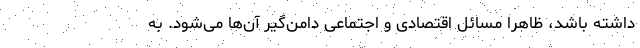
داشته باشد، ظاهرا مسائل اقتصادی و اجتماعی دامن‌گیر آن‌ها می‌شود. به